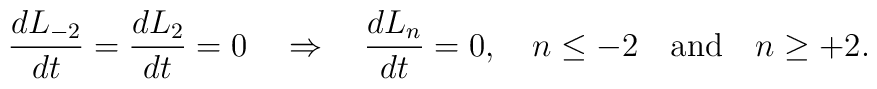
\frac{dL_{-2}}{dt}=\frac{dL_{2}}{dt}=0 \quad \Rightarrow \quad\frac{dL_{n}}{dt}=0, \quad n\le -2 \quad \mbox{and} \quad n\ge +2.